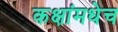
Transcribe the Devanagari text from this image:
कक्षांमधेच